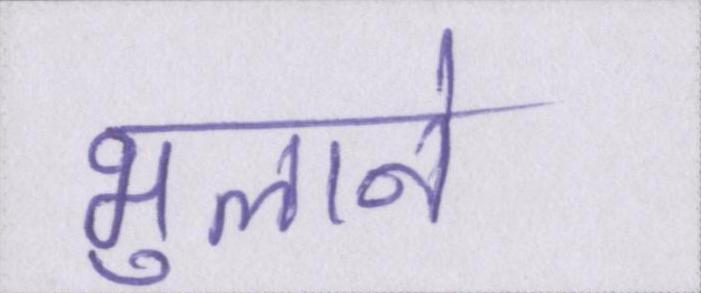
भुलाने